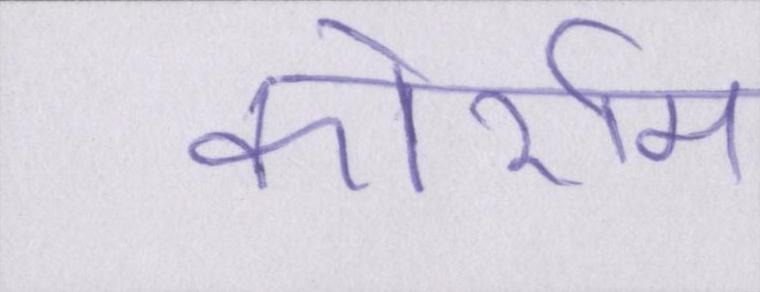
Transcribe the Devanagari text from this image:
कोर्राम